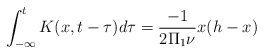
\begin{align*}\int_{-\infty}^t K(x,t-\tau)d\tau=\frac{-1}{2\Pi_1 \nu}x(h-x)\end{align*}